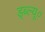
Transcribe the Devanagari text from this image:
ड्ब्ल्यू०